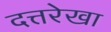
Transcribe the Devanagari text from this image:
दत्तरेखा